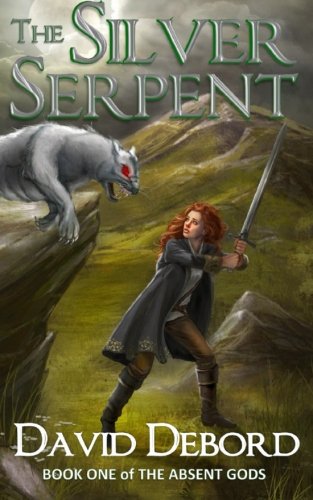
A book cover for The Silver Serpent: Book One of The Absent Gods (Volume 1); David Debord; Science Fiction & Fantasy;